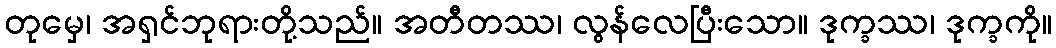
တုမှေ၊ အရှင်ဘုရားတို့သည်။ အတီတဿ၊ လွန်လေပြီးသော။ ဒုက္ခဿ၊ ဒုက္ခကို။